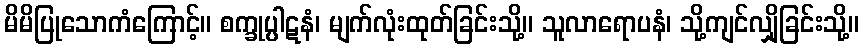
မိမိပြုသောကံကြောင့်။ စက္ခုပ္ပါဋနံ၊ မျက်လုံးထုတ်ခြင်းသို့။ သူလာရောပနံ၊ သို့ကျင်လျှိုခြင်းသို့။